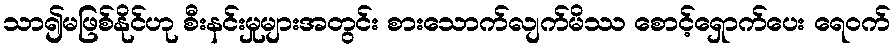
သာ၍မဖြစ်နိုင်ဟု စီးနင်းမှုများအတွင်း စားသောက်လျက်မိဿ စောင့်ရှောက်ပေး ရေဝက်